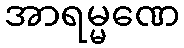
အာရမ္မဏေ